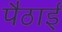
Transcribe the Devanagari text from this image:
पैठाई